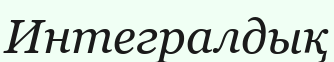
Интегралдық